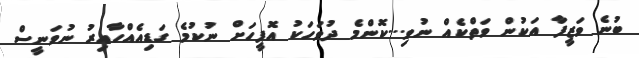
ބުނެ ވަޒީފާ އަކުން ވަތްކެއް ނުވި...ކޮންމެ ދުވަހަކު އޮފީހަށް ނުކުމެ ގަޑިއެއްހާއިރު ނުވަނީސް